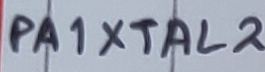
Text: PA1XTAL2